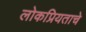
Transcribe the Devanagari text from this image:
लोकप्रियताचे